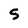
Character: S